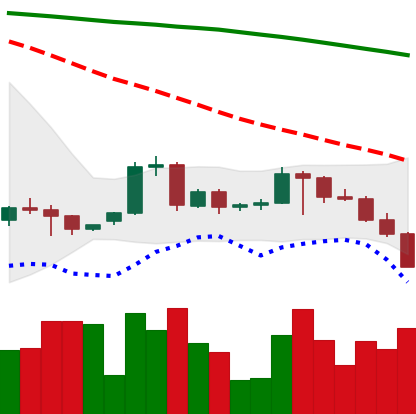
Ticker: BTC-USD
Chart end date: 2022-06-12
Forward return: -23.507%
Label: down_7plus